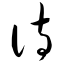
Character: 诗